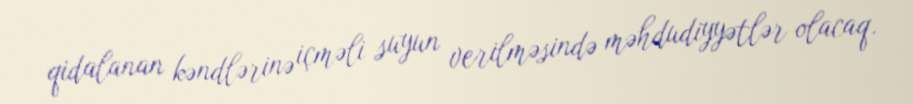
qidalanan kəndlərinə içməli suyun verilməsində məhdudiyyətlər olacaq.